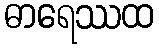
ဓာရေဿထ